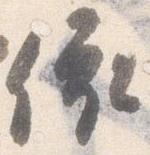
依